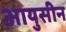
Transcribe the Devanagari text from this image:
आयुसीन